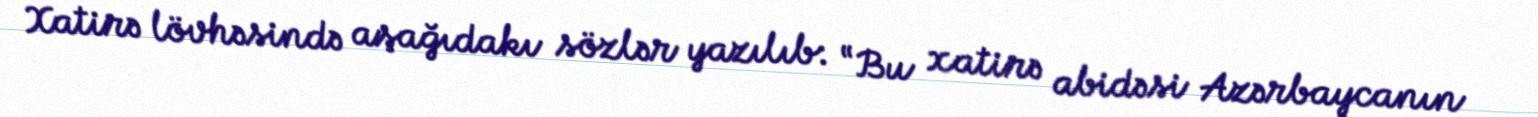
Xatirə lövhəsində aşağıdakı sözlər yazılıb: “Bu xatirə abidəsi Azərbaycanın